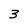
Character: 3